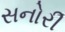
સનોરી